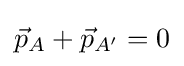
{\vec {p}}_{A}+{\vec {p}}_{A'}=0